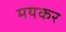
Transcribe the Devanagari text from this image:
मयकर